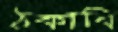
ঠকাবি